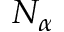
N _ { \alpha }